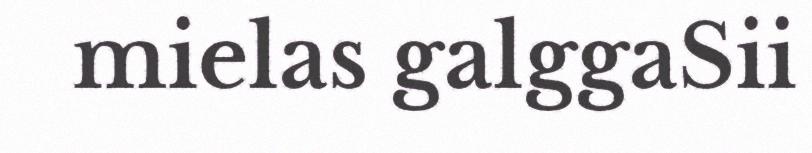
mielas galggaSii